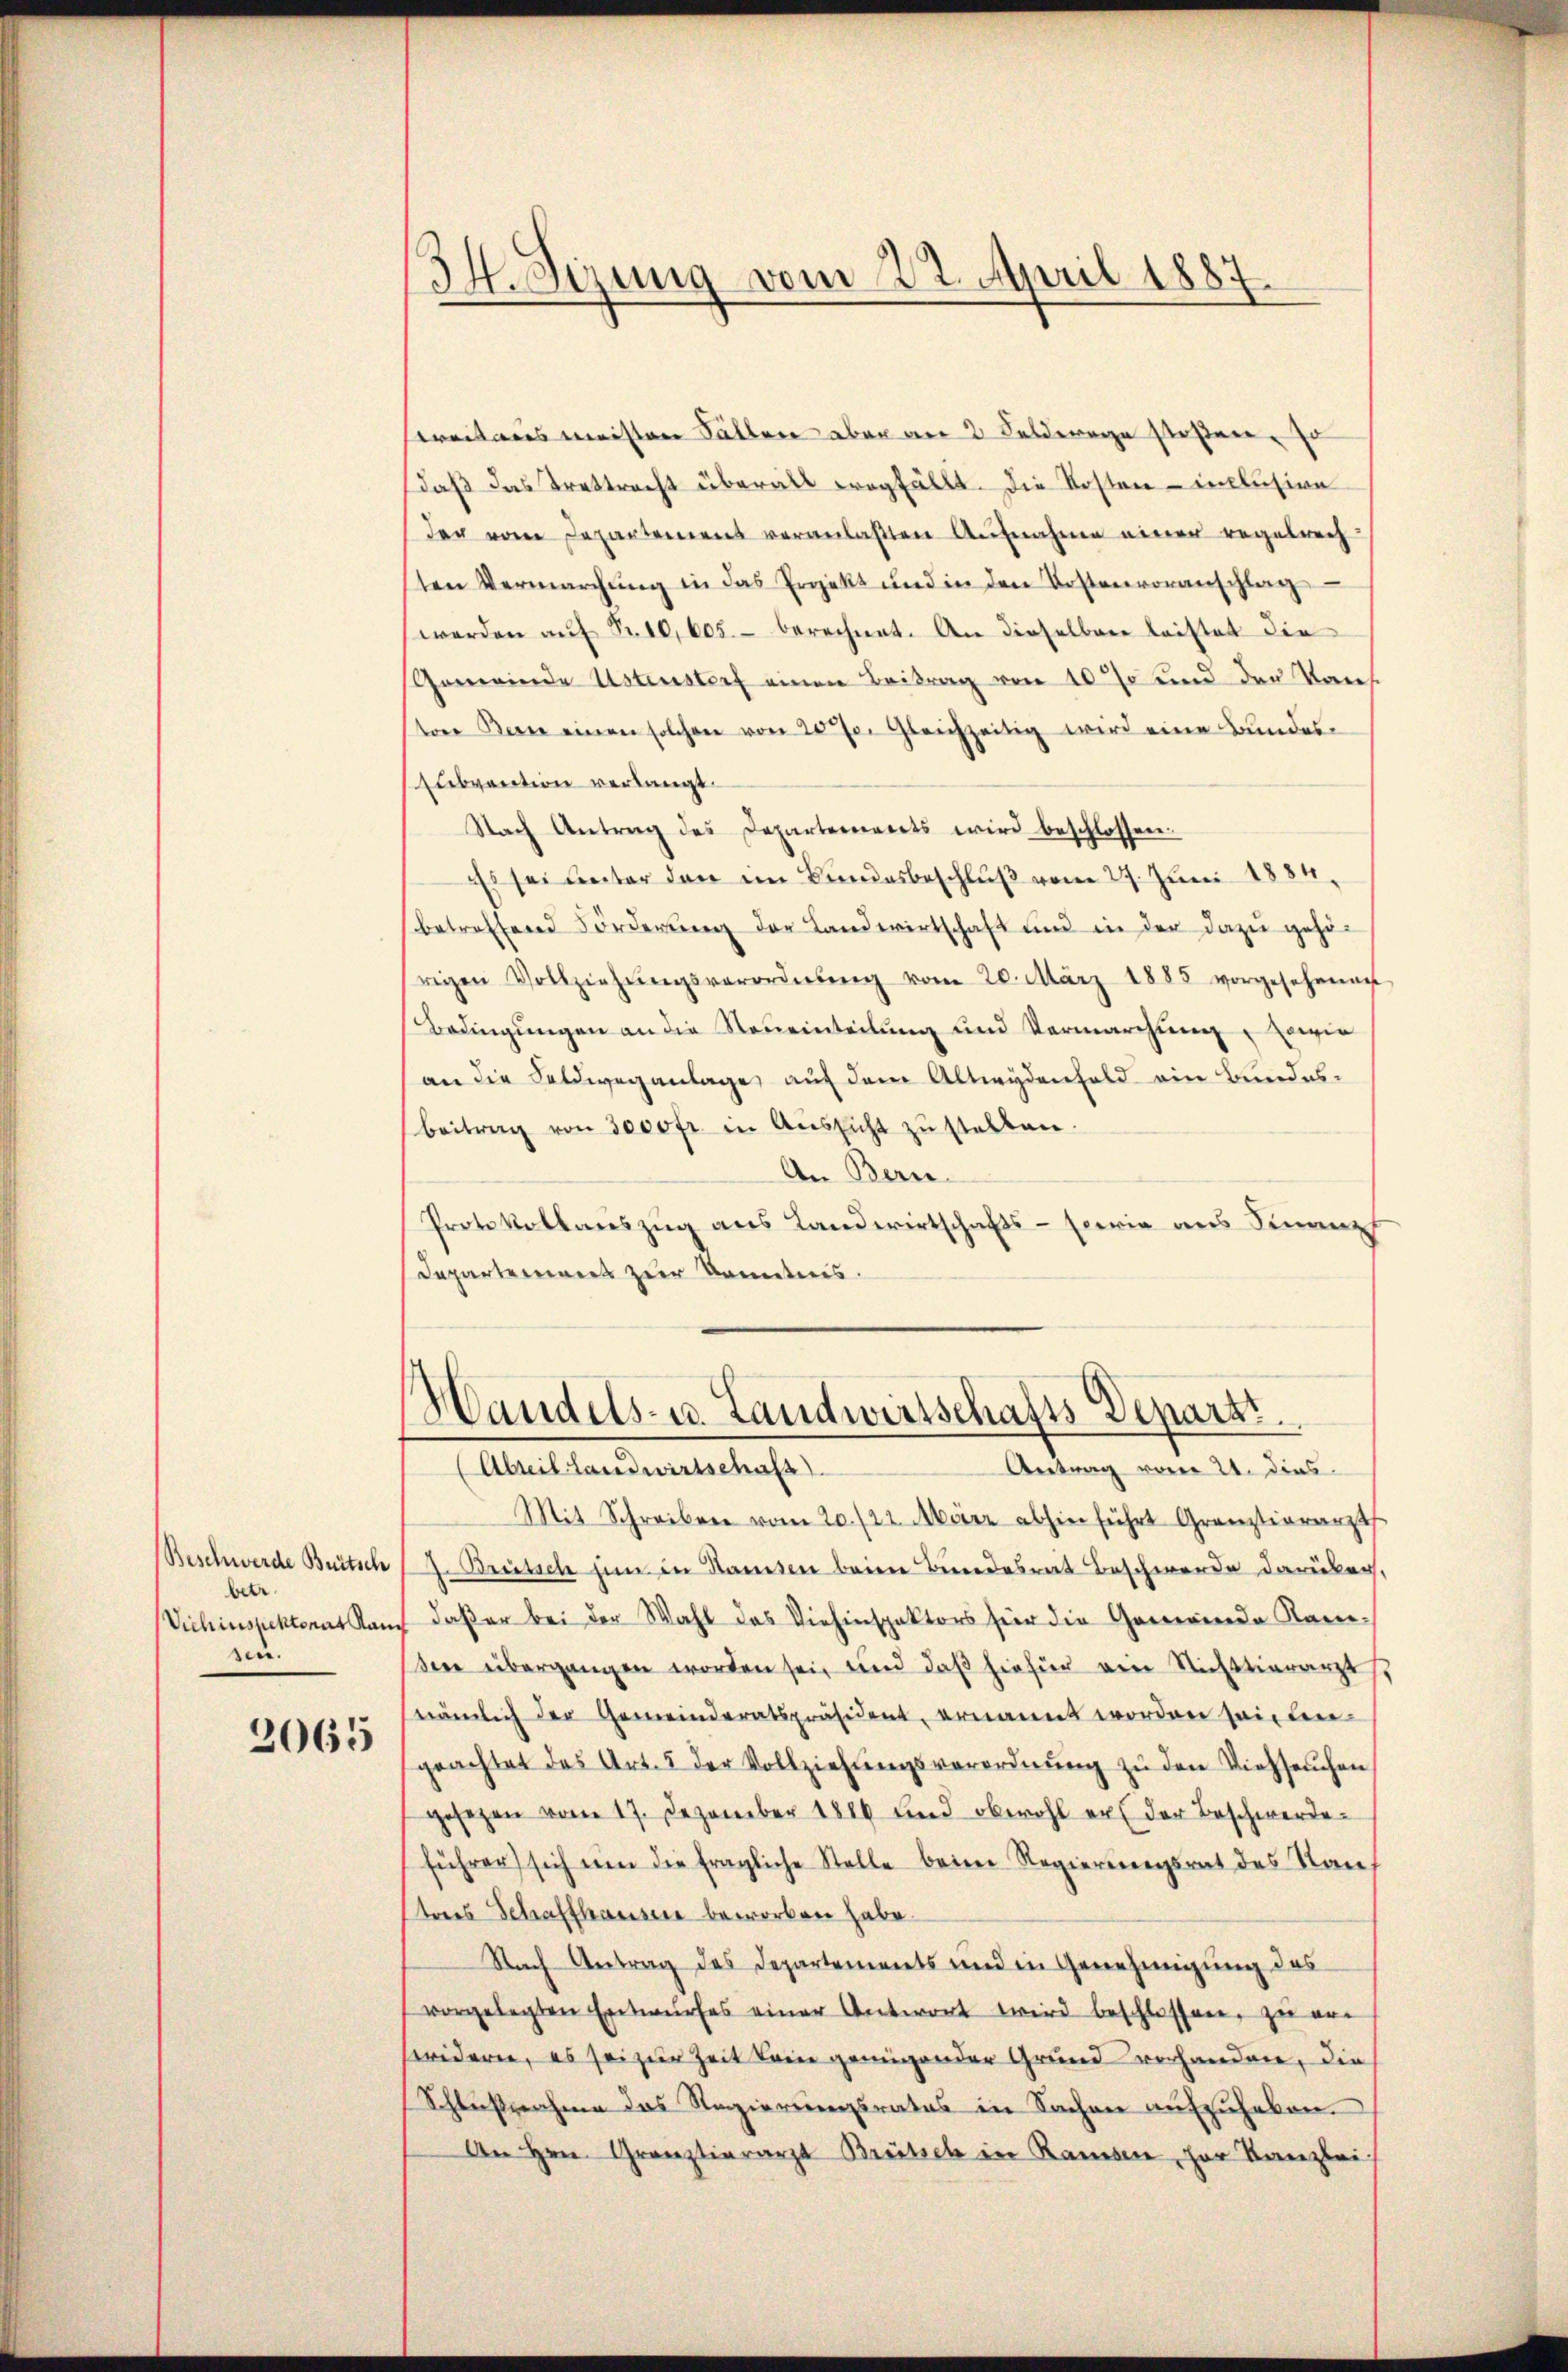
Beschwerde Britsch
betr.
sen.

2065

34. Sizung vom 22. April 1887.

weitaus meisten Fällen aber an 2 Felderge stoßen, so
daß das Trattracht überall wegfällt. Die Kosten - inclusion
der vom Departement veranlaßten Aufnahme einer regelrech
ten Vermarchŭng in das Projekt und in den Kostenvoranschlag
werden aŭf Fr. 10,005. berechnet. An dieselben leistet die
Gemeinde Usterstorf einen Beitrag von 10 % und den Kons
tore Berne einen solchen von 20 J. Gleichzeitig wird eine Bundes-
subvention verlangt.
Nach Antrag des Departements wird beschlossen.
Es sei unter den im Bundesbeschluß vom 27. Juni 1884.
betreffend Förderŭng der Landwirtschaft und in der dazu gehö-
frigen Vollziehŭngsverordnŭng vom 20. März 1885 vorgesehenen
Bedingungen an die Neueinteilung und Vermarchung sowie
an die Feldweganlage, auf dem Altwydenfeld ein Bundesbeitrag von 3000 fr. in Aŭssicht zŭ stellen.
An Bern.
Protokollauszug aus Landwirtschafts- sowie aus Sinanz
Departereiners zur Kenntnis.

Handels- u. Landwirtschafts Depart
(Abteil Landwirtschaft
Antrag vom 24. dies

Mit Schreiben vom 20./22. März abhin führt Granztierarzt
J. Britsch um in Samsten beim Bundesrat Beschwerde darüber.
Vichinspektorat Kauf daß er bei der Wahl des Viehinspektors für die Gemeinde Kan-
sere übergangen worden sei, und daß hiefür ein Nichttierarztst
nämlich der Gemeinderatspräsident, ernannt worden seiten.
geachtet das Art. 5 der Vollziehŭngsverordnŭng zŭ den Viehseuchen
gesezen vom 17. Dezember 1816 und obwohl er der Beschwerdeführer sich um die fragliche Stelle beim Regierungsrat des Nan
teres Schaffhausen beworben habe.
Nach Antrag des Departements und in Genehmigung des
vorgelegten Entwŭrfes einer Antwort wird beschlossen, zu er
seidern, es sei zur Zeit kein genügender Grund vorhanden, die
Schlußnahme das Regierungsrates in Sachen aufzuheben.
An Hrn. Grauztierarzt Breitsel in Ransen, her Kanzlei